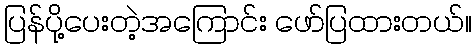
ပြန်ပို့ပေးတဲ့အကြောင်း ဖော်ပြထားတယ်။